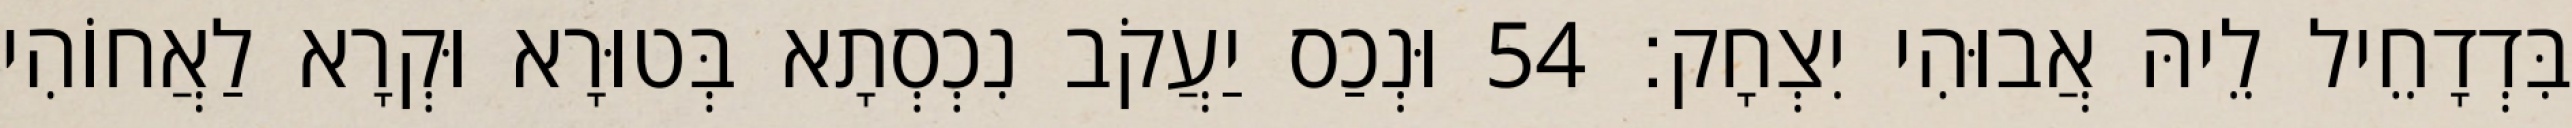
בִּדְדָחֵיל לֵיהּ אֲבוּהִי יִצְחָק׃ 54 וּנְכַס יַעֲקֹב נִכְסְתָא בְּטוּרָא וּקְרָא לַאֲחוֹהִי